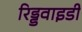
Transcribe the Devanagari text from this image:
रिड्डवाइडी